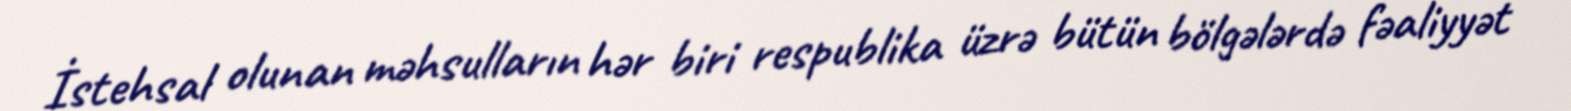
İstehsal olunan məhsulların hər biri respublika üzrə bütün bölgələrdə fəaliyyət